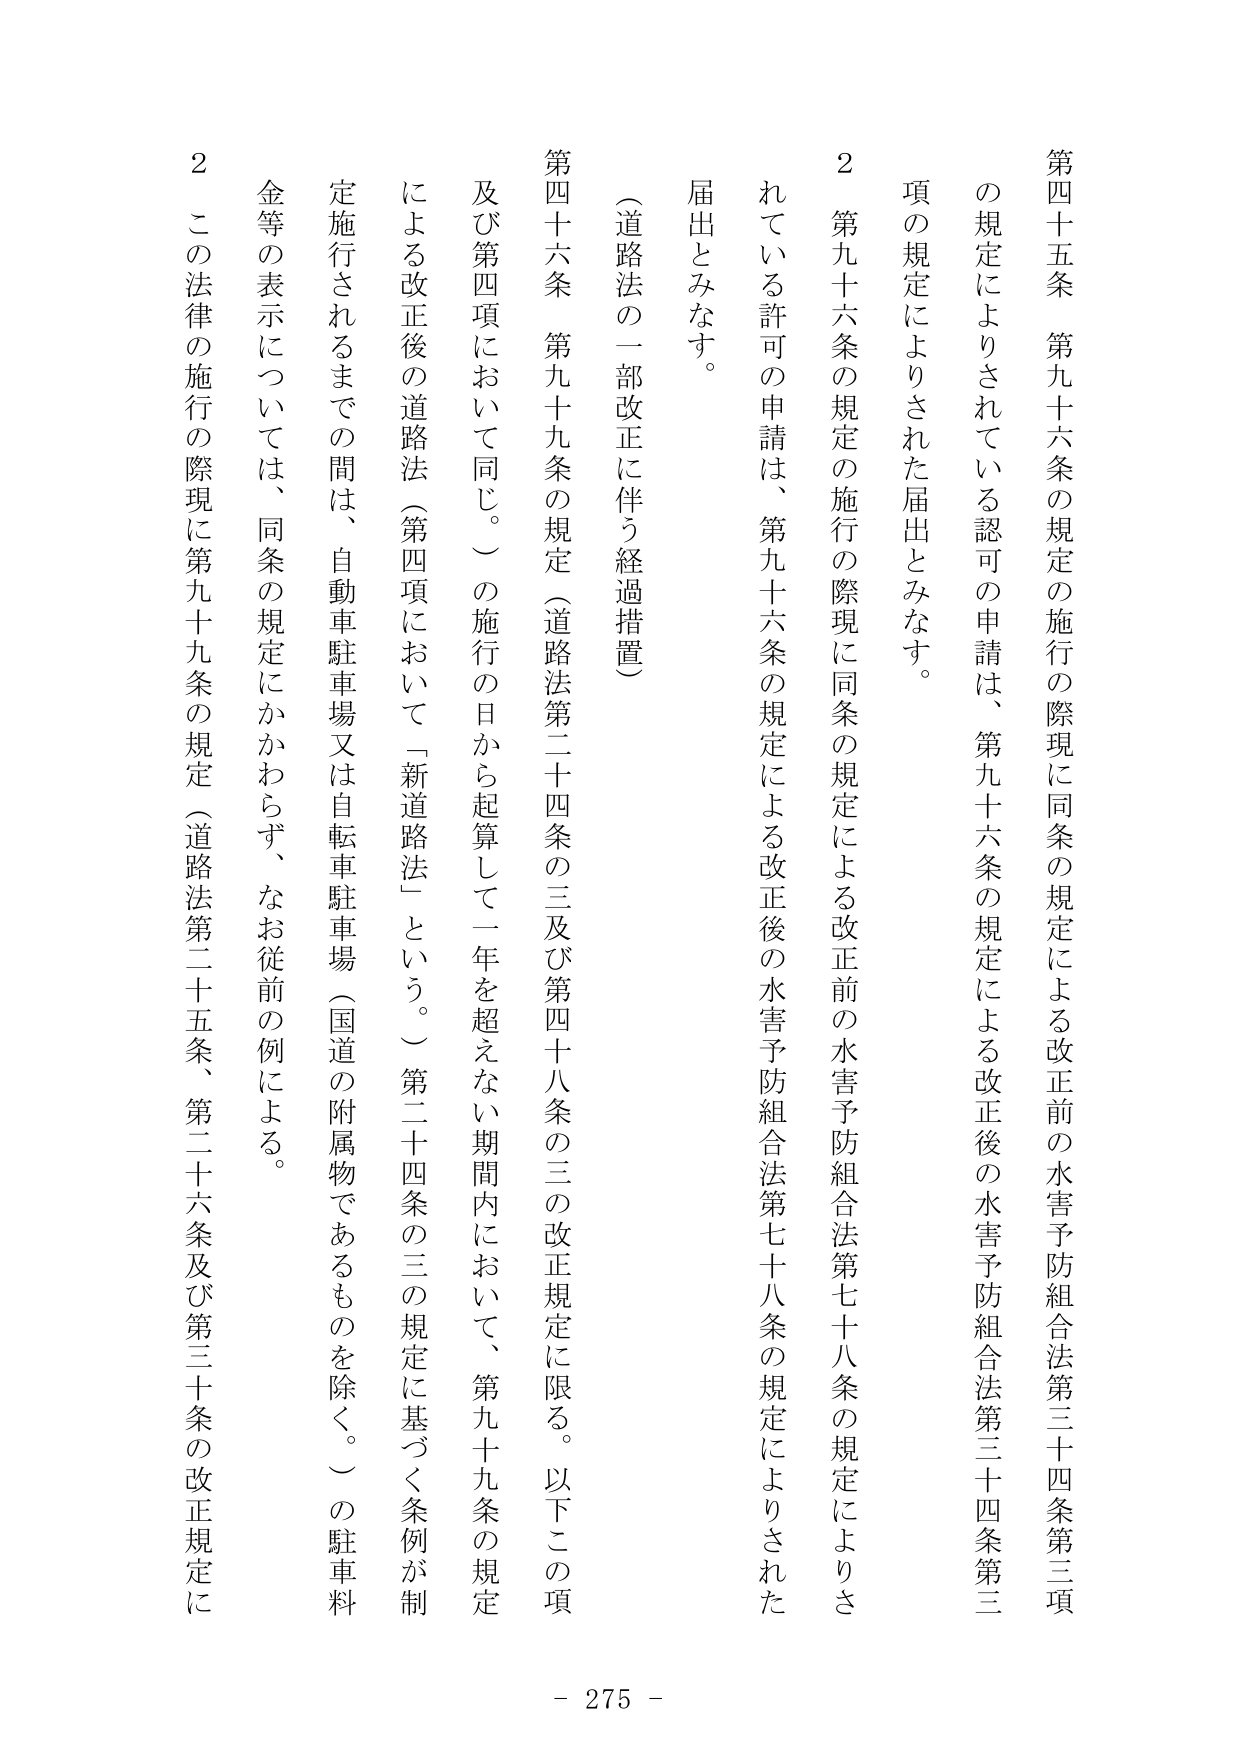
第四十五条　第九十六条の規定の施行の際現に同条の規定による改正前の水害予防組合法第三十四条第三項の規定によりされている認可の申請は、第九十六条の規定による改正後の水害予防組合法第三十四条第三項の規定によりされた届出とみなす。

２　第九十六条の規定の施行の際現に同条の規定による改正前の水害予防組合法第七十八条の規定によりされている許可の申請は、第九十六条の規定による改正後の水害予防組合法第七十八条の規定によりされた届出とみなす。

（道路法の一部改正に伴う経過措置）

第四十六条　第九十九条の規定（道路法第二十四条の三及び第四十八条の三の改正規定に限る。以下この項及び第四項において同じ。）の施行の日から起算して一年を超えない期間内において、第九十九条の規定による改正後の道路法（第四項において「新道路法」という。）第二十四条の三の規定に基づく条例が制定施行されるまでの間は、自動車駐車場又は自転車駐車場（国道の附属物であるものを除く。）の駐車料金等の表示については、同条の規定にかかわらず、なお従前の例による。

２　この法律の施行の際現に第九十九条の規定（道路法第二十五条、第二十六条及び第三十条の改正規定に

- 275 -